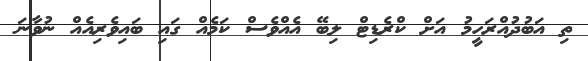
ތި އަބުދުއްރަހީމު އަށް ކްރެޑިޓް ލިބޭ އެއްވެސް ކަމެއް ގައި ބައިވެރިއެއް ނުވާނަ